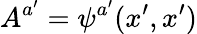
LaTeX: A^{a^{\prime}}=\psi^{a^{\prime}}(x^{\prime},x^{\prime})